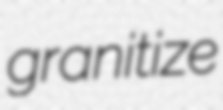
granitize